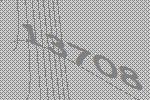
13708